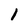
Character: 1